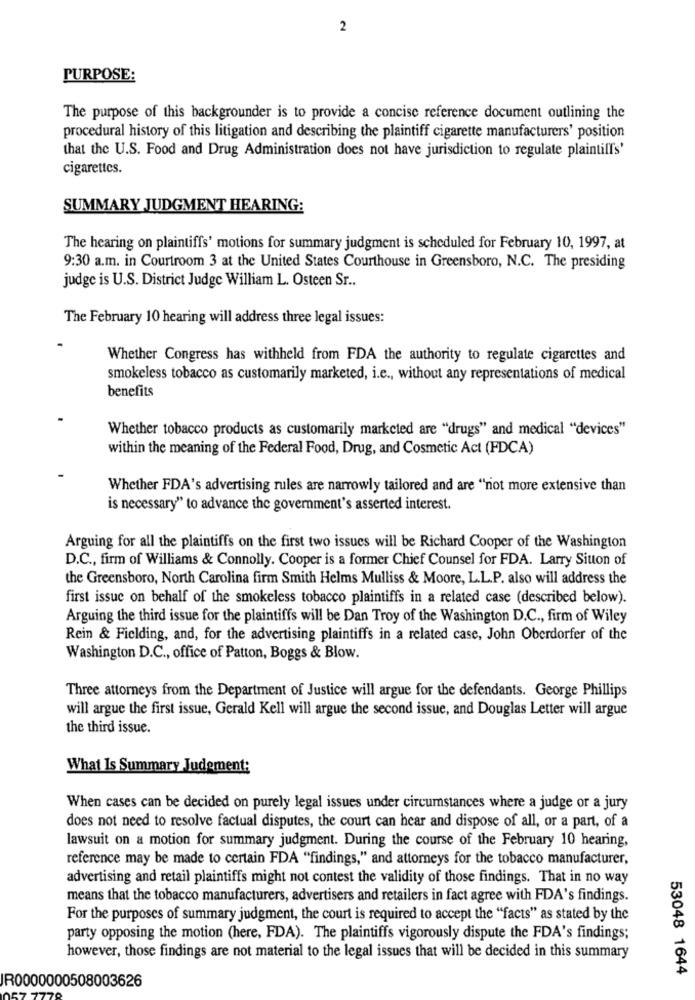
2
PURPOSE:
The purpose of this backgrounder is to provide a concise reference document outlining the
procedural history of this litigation and describing the plaintiff cigarette manufacturers' position
that the U.S. Food and Drug Administration does not have jurisdiction to regulate plaintiff's'
cigarettes.
SUMMARY JUDGMENT HEARING:
The hearing on plaintiffs' motions for summary judgment is scheduled for February 10, 1997, at
9:30 a.m. in Courtroom 3 at the United States Courthouse in Greensboro, N.C. The presiding
judge is U.S. District Judge William L. Osteen Sr ..
The February 10 hearing will address three legal issues:
Whether Congress has withheld from FDA the authority to regulate cigarettes and
smokeless tobacco as customarily marketed, i.e ., without any representations of medical
benefits
Whether tobacco products as customarily marketed are "drugs" and medical "devices"
within the meaning of the Federal Food, Drug, and Cosmetic Act (FDCA)
Whether FDA's advertising rules are narrowly tailored and are "not more extensive than
is necessary" to advance the government's asserted interest.
Arguing for all the plaintiffs on the first two issues will be Richard Cooper of the Washington
D.C ., firm of Williams & Connolly. Cooper is a former Chief Counsel for FDA. Larry Sitton of
the Greensboro, North Carolina firm Smith Helms Mulliss & Moore, L.L.P. also will address the
first issue on behalf of the smokeless tobacco plaintiffs in a related case (described below).
Arguing the third issue for the plaintiffs will be Dan Troy of the Washington D.C ., firm of Wiley
Rein & Fielding, and, for the advertising plaintiffs in a related case, John Oberdorfer of the
Washington D.C ., office of Patton, Boggs & Blow.
Three attorneys from the Department of Justice will argue for the defendants. George Phillips
will argue the first issue, Gerald Kell will argue the second issue, and Douglas Letter will argue
the third issue.
What Is Summary Judgment:
When cases can be decided on purely legal issues under circumstances where a judge or a jury
does not need to resolve factual disputes, the court can hear and dispose of all, or a part, of a
lawsuit on a motion for summary judgment. During the course of the February 10 hearing,
reference may be made to certain FDA "findings," and attorneys for the tobacco manufacturer,
advertising and retail plaintiffs might not contest the validity of those findings. That in no way
means that the tobacco manufacturers, advertisers and retailers in fact agree with FDA's findings.
For the purposes of summary judgment, the court is required to accept the "facts" as stated by the
party opposing the motion (here, FDA). The plaintiffs vigorously dispute the FDA's findings;
however, those findings are not material to the legal issues that will be decided in this summary
53048 1644
IR0000000508003626